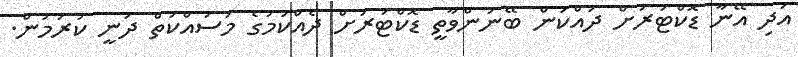
އަދި އޭނާ ޑޮކްޓަރަށް ދައްކަން ބޭނުންވާތީ ޑޮކްޓަރަށް ދެއްކުމުގެ މަސައްކަތް ދަނީ ކުރަމުން.